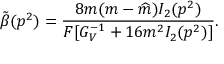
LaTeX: \tilde { \beta } ( p ^ { 2 } ) = \frac { 8 m ( m - \widehat { m } ) I _ { 2 } ( p ^ { 2 } ) } { F [ G _ { V } ^ { - 1 } + 1 6 m ^ { 2 } I _ { 2 } ( p ^ { 2 } ) ] } .